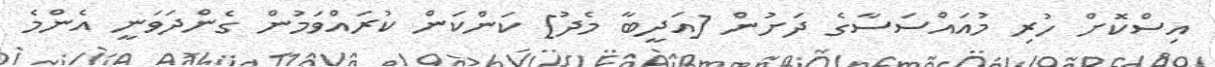
އިސްކޮށް ހުރި މުއައްސަސާގެ ދަށުން [އަދީބާ މެދު] ކަންކަން ކުރައްވަމުން ގެންދަވަނީ އެންމެ